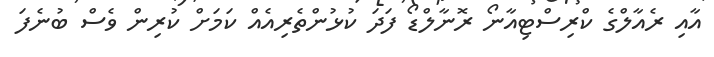
އާއި ރެއާލްގެ ކްރިސްޓިއާނޯ ރޮނާލްޑޯ ފަދަ ކުޅުންތެރިއެއް ކަމަށް ކުރިން ވެސް ބުނެފަ